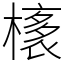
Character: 橠